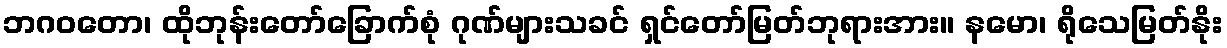
ဘဂဝတော၊ ထိုဘုန်းတော်ခြောက်စုံ ဂုဏ်များသခင် ရှင်တော်မြတ်ဘုရားအား။ နမော၊ ရိုသေမြတ်နိုး